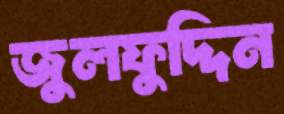
জুলফুদ্দিন